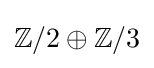
\mathbb {Z} /2\oplus \mathbb {Z} /3